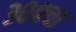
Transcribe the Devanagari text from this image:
३००चा